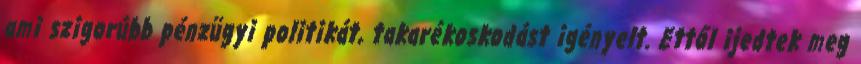
ami szigorúbb pénzügyi politikát, takarékoskodást igényelt. Ettől ijedtek meg